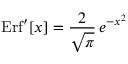
\mathrm { E r f } ^ { \prime } [ x ] = { \frac { 2 } { \sqrt \pi } } \, e ^ { - x ^ { 2 } }